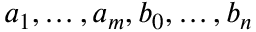
a _ { 1 } , \ldots , a _ { m } , b _ { 0 } , \ldots , b _ { n }